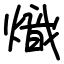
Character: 熾